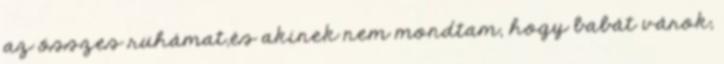
az összes ruhámat,és akinek nem mondtam, hogy babát várok,